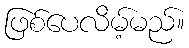
ဖြစ်ပေလိမ့်မည်။